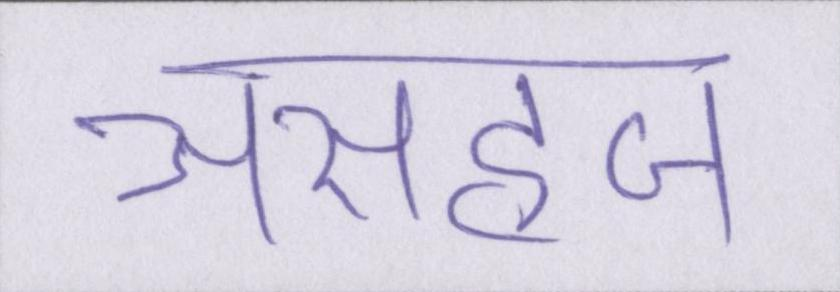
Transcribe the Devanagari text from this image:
असहज